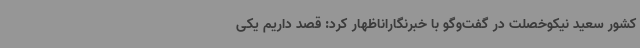
کشور سعید نیکوخصلت در گفت‌وگو با خبرنگاراناظهار کرد: قصد داریم یکی